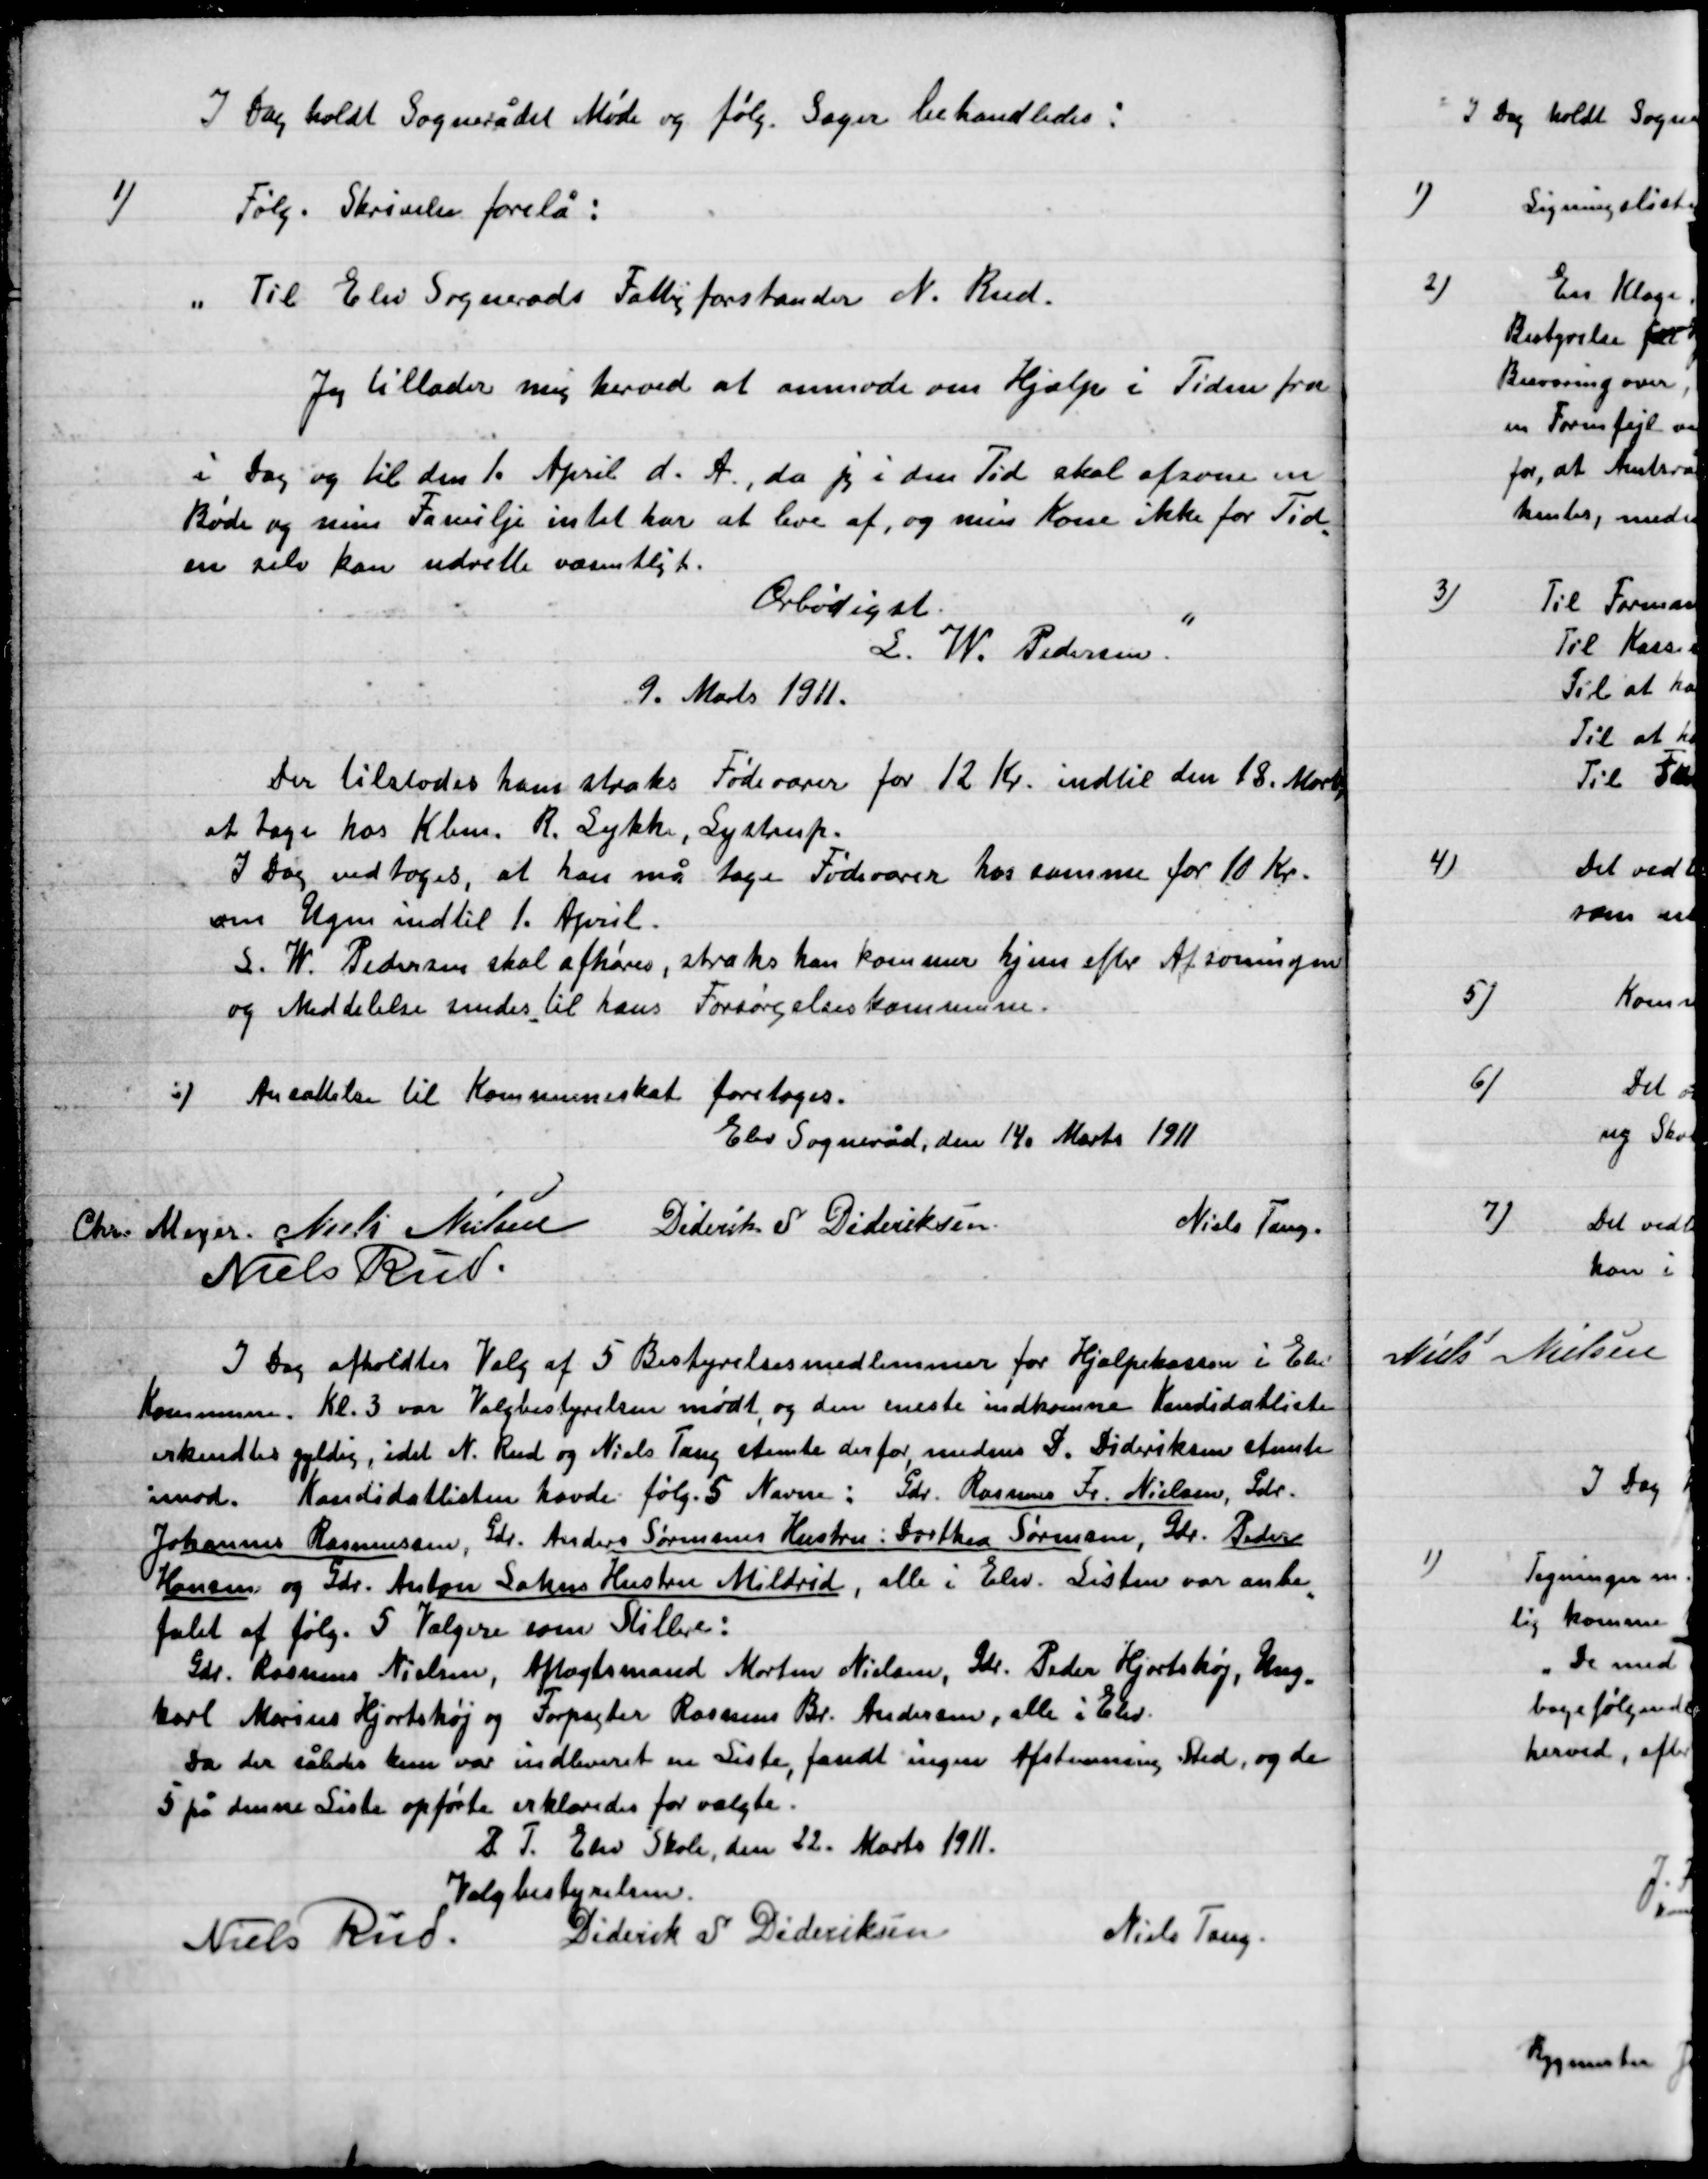
Transskription:
I Dag holdt Sognerådet Møde og følg. Sager behandledes:

1)

Følg. Skrivelse forelå:

”Til Elev Sogneråds Fattigforstander N. Rud.
Jeg tillader mig herved at anmode om Hjælp i Tiden fra
I dag og til den 1. April d. A., da jeg i den Tid skal afsone en
Bøde og min Familie intet har at leve af, og min Kone ikke for Tid-
en selv kan udrette væsentligt.
Ærbødigst
L.W. Pedersen.”
9. Marts 1911.

Der tilstodes ham straks Fødevarer for 12 Kr. indtil den 18. Marts
at tage hos Kbm. R. Lykke, Lystrup.
I Dag vedtoges, at han må tage Fødevarer hos samme for 10 Kr.
om Ugen indtil 1. April.
L.W. Pedersen skal afhøres, straks han kommer hjem efter Afsoningen
og Meddelelse sendes til hans Forsørgelseskommune.

2)

Ansættelse til Kommuneskat foretoges.

Elev Sogneråd, den 14. Marts 1911

Chr. Meyer
Niels Nielsen
Diderik S. Dideriksen
Niels Tang.
Niels Rud.

I Dag afholdtes Valg af 5 Bestyrelsesmedlemmer for Hjælpekassen i Elev
Kommune. Kl. 3 var Valgbestyrelsen mødt og den meste indkomne Kandidatliste
erkendtes gyldig, idet N. Rud og Niels Tang stemte derfor, medens D. Dideriksen stemte
imod. Kandidatlisten havde følg. 5 Navne: Gdr. Rasmus Fr. Nielsen, Gdr.
Johannes Rasmussen, Gdr. Anders Sørensens Hustru: Dorthea Sørensen, Gdr. Peder
Hansen og Gdr. Anton Sofus Hustru Mildrid, alle i Elev. Listen var anbe-
falet af følg. 5 vælgere som Stillere:
Gdr. Rasmus Nielsen, Aftægtsmand Morten Nielsen, Gdr. Peder Hjortshøj, Ung-
Karl Marius Hjortshøj og Forpagter Rasmus Br. Andersen, alle i Elev.
Da der således kun var indkommet en Liste, fandt ingen Afstemning sted, og de
5 på denne Liste opførte erklæredes for valgte.

B. T. Elev Skole, den 22. Marts 1911.
Valgbestyrelsen.

Niels Rud.
Diderik S. Dideriksen
Niels Tang